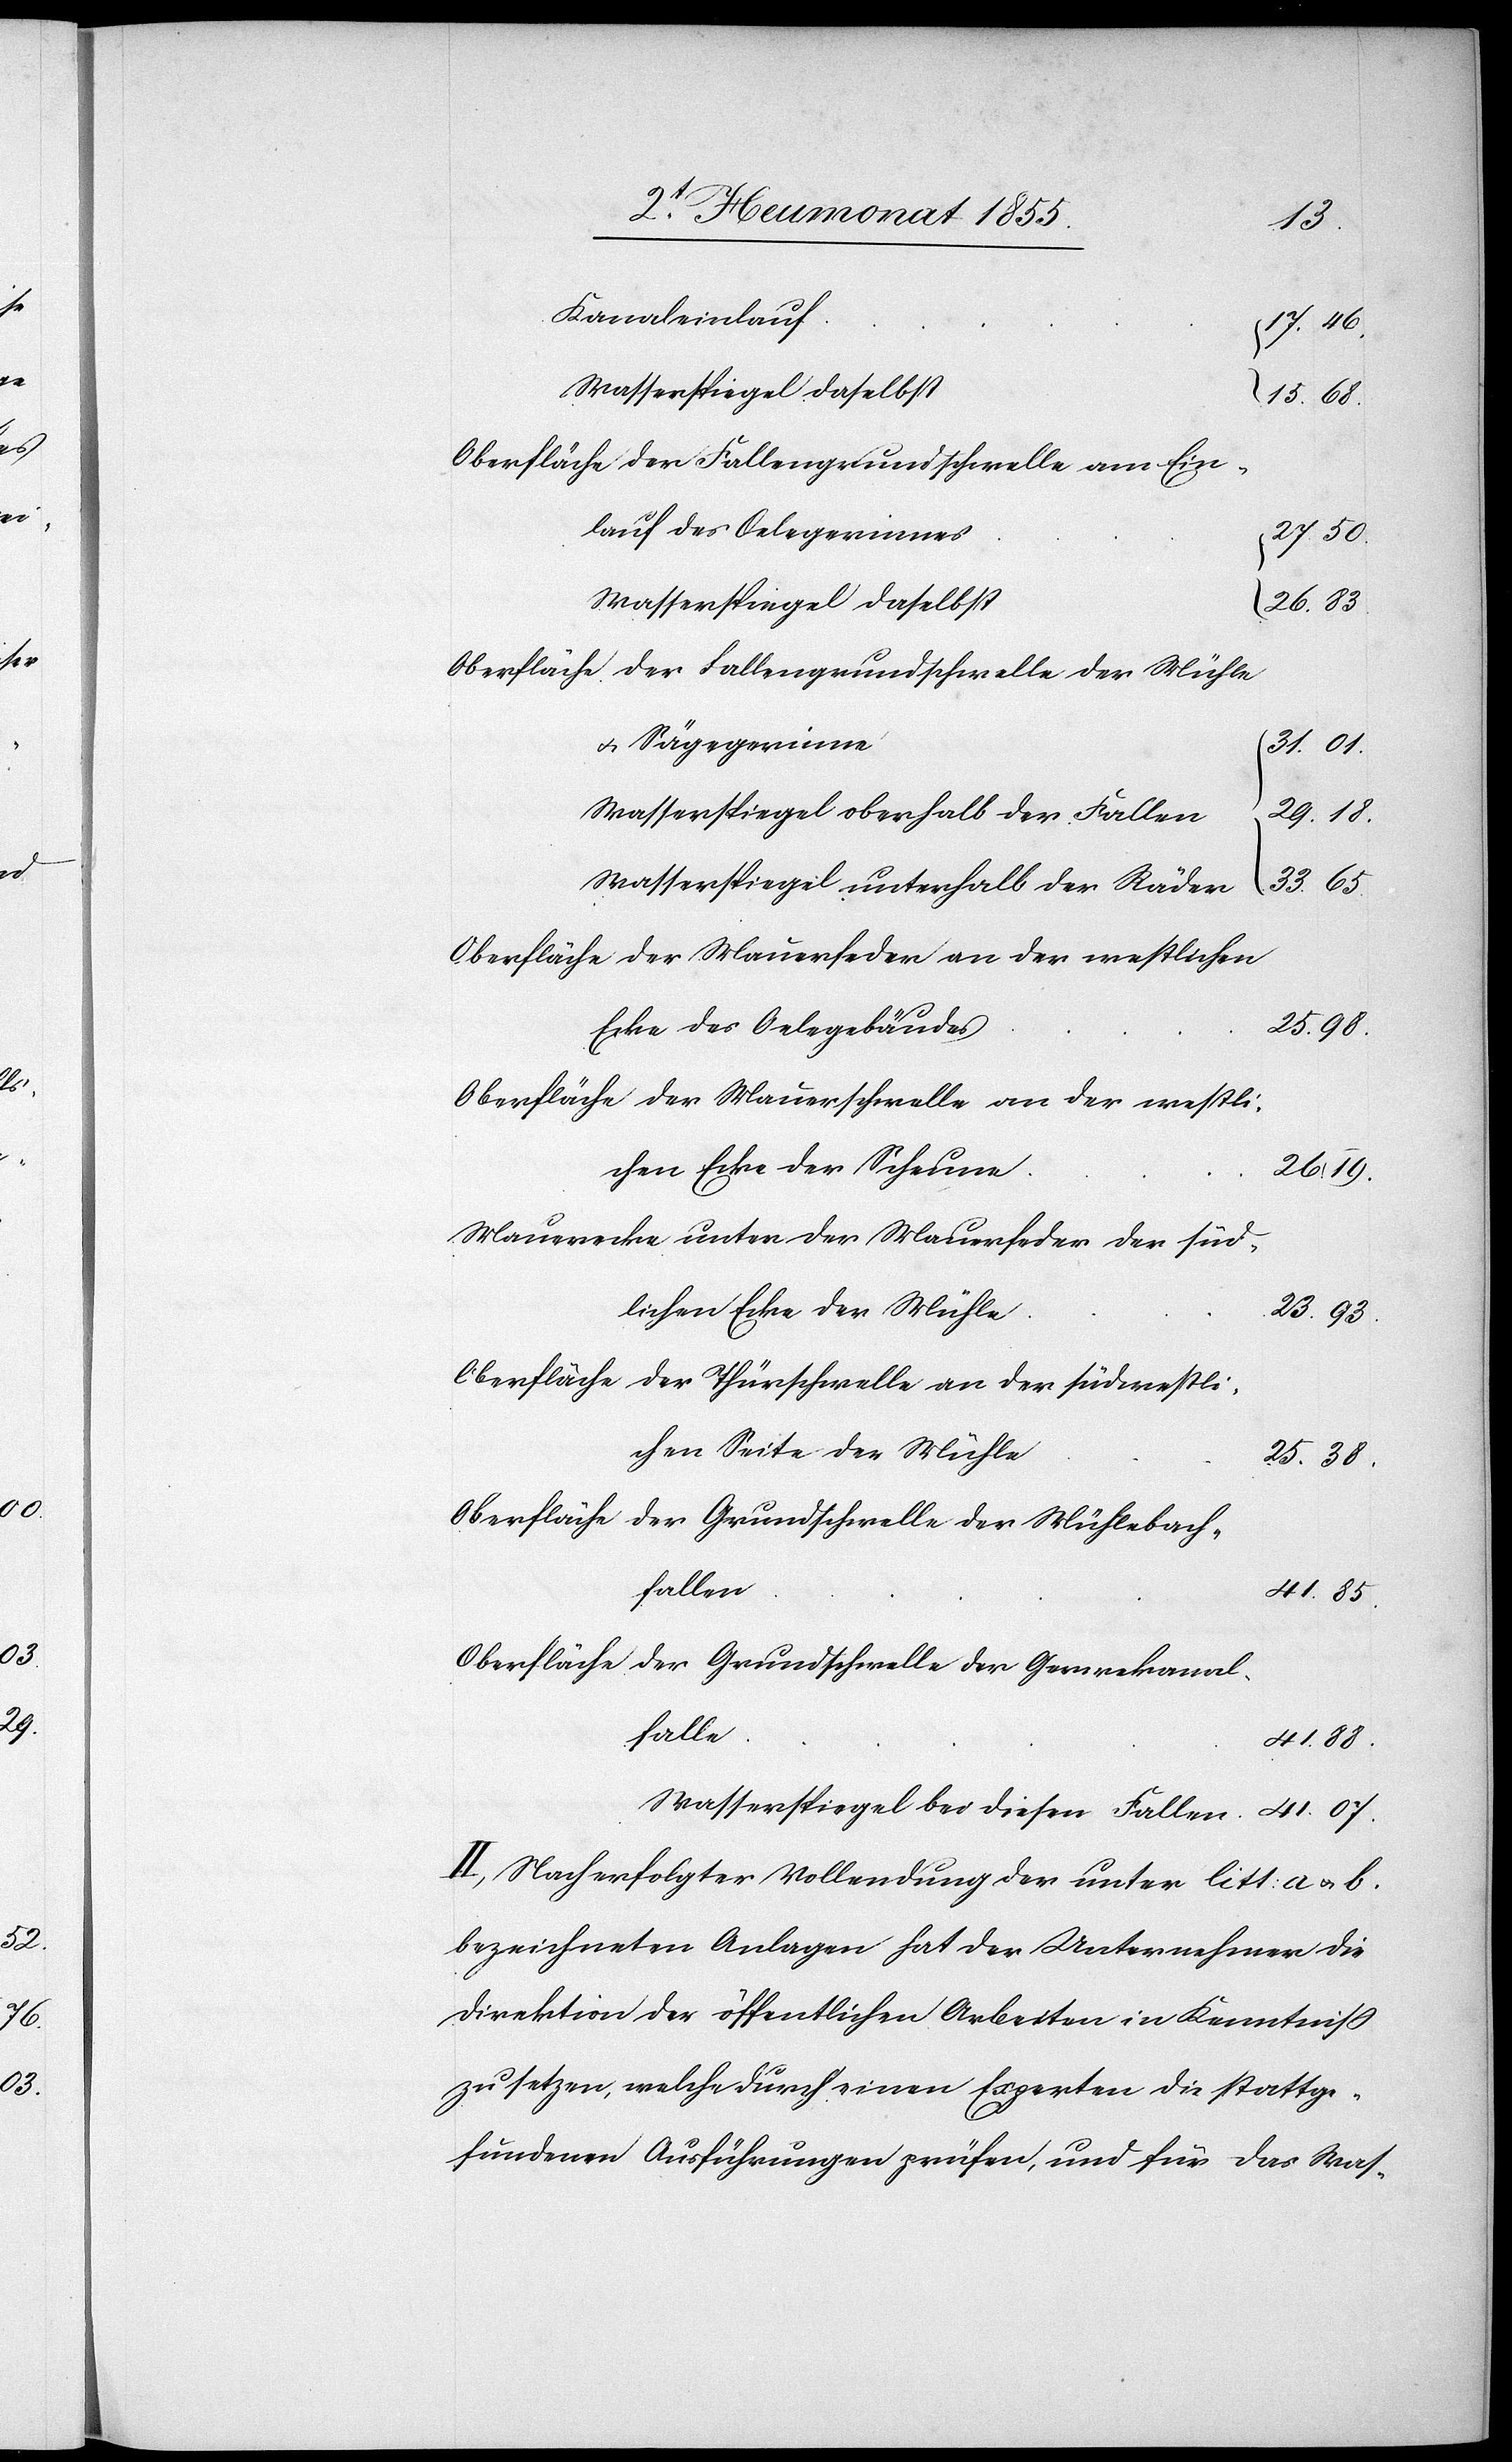
Kanaleinlauf
17. 46.
Wasserspiegel daselbst
15. 68.
Oberfläche der Fallengrundschwelle am Ein¬
lauf des Oelegerinnes
27. 50.
Wasserspiegel daselbst
26. 83
Oberfläche der Fallengrundschwelle der Mühle
& Sägegerinne
31. 01.
Wasserspiegel oberhalb der Fallen
29. 18.
Wasserspiegel unterhalb der Räder
33. 65.
Oberfläche der Mauerfeder an der westlichen
Ecke des Oelegebäudes
Oberfläche der Mauerschwelle an der westli¬
chen Ecke der Scheune.
26. 19.
Mauerecke unter der Mauerfeder der süd¬
lichen Ecke der Mühle
23. 93.
Oberfläche der Thürschwelle an der südwestli¬
chen Seite der Mühle
25. 38.
Oberfläche der Grundschwelle der Mühlebach¬
fallen
41. 07.
Oberfläche der Grundschwelle der Gerwekanal¬
falle
41. 88.
Wasserspiegel bei diesen Fallen
II, Nach erfolgter Vollendung der unter litt: a & b.
bezeichneten Anlagen hat der Unternehmer die
Direktion der öffentlichen Arbeiten in Kenntniss
zu setzen, welche durch einen Experten die stattge¬
fundenen Ausführungen prüfen, und für das Was-